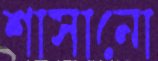
শাসানো